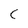
Character: C